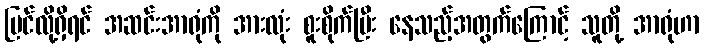
မြင်လို့ရှိရင် အဆင်းအာရုံကို အားလုံး စူးစိုက်ပြီး နေသည့်အတွက်ကြောင့် သူတို့ အာရုံဟာ